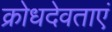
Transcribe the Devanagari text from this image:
क्रोधदेवताएं